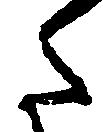
た